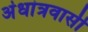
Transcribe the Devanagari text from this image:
अंधांत्रवासी